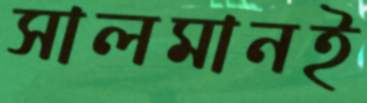
সালমানই